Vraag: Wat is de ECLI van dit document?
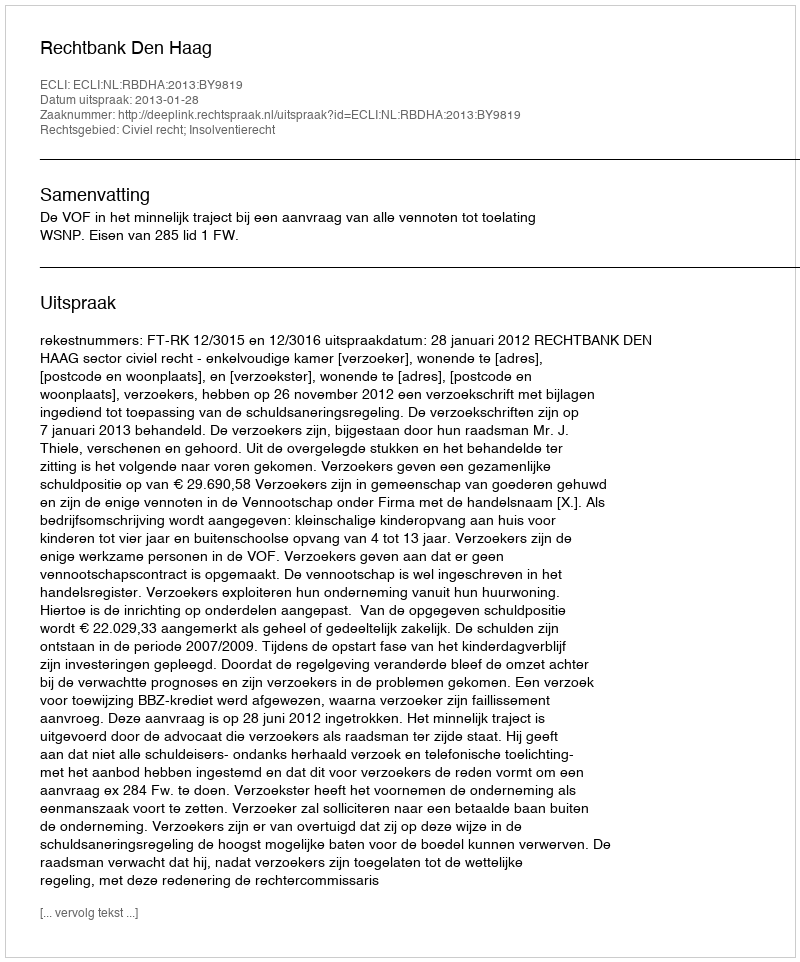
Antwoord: ECLI:NL:RBDHA:2013:BY9819